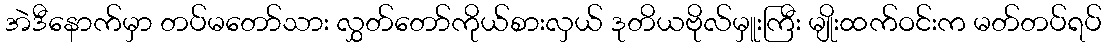
အဲဒီနောက်မှာ တပ်မတော်သား လွှတ်တော်ကိုယ်စားလှယ် ဒုတိယဗိုလ်မှူးကြီး မျိုးထက်ဝင်းက မတ်တပ်ရပ်